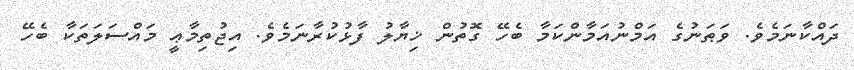
ދައްކާނަމެވެ. ވަޠަނުގެ އަމްނުއަމާންކަމާ ބެހޭ ގޮތުން ޚިޔާލު ފާޅުކުރާނަމެވެ. އިޖުތިމާޢީ މައްސަލަތަކާ ބެހޭ